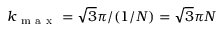
k _ { \mathrm { ~ m ~ a ~ x ~ } } = \sqrt { 3 } \pi / ( 1 / N ) = \sqrt { 3 } \pi N